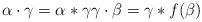
LaTeX: \begin{align*} \alpha \cdot \gamma = \alpha \ast \gamma \gamma \cdot \beta = \gamma \ast f(\beta) \end{align*}